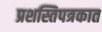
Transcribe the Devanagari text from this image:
प्रशस्तिपत्रकात